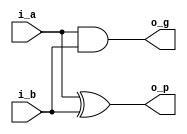
`default_nettype none

module pg(
  input  wire i_a,
  input  wire i_b,
  output wire o_p,
  output wire o_g
);

assign o_p = i_a ^ i_b;
assign o_g = i_a & i_b;

endmodule